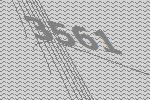
3561